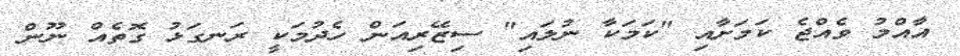
އާއްމު ވެއްޖެ ކަމަށާއި "ކަމަކާ ނުލައި" ސިޒޭރިއަން ހެދުމަކީ ރަނގަޅު ގޮތެއް ނޫން